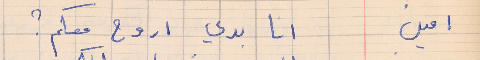
امين         انا بدي اروح معكم ؟